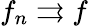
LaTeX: f_{n}\rightrightarrows f